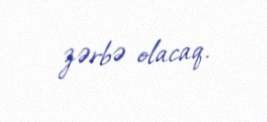
zərbə olacaq.